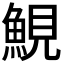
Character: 𩷪